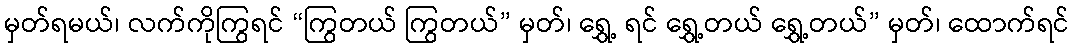
မှတ်ရမယ်၊ လက်ကိုကြွရင် “ကြွတယ် ကြွတယ်” မှတ်၊ ရွှေ့ ရင် ရွှေ့တယ် ရွှေ့တယ်” မှတ်၊ ထောက်ရင်